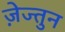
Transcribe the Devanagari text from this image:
ज़ेज्तुन